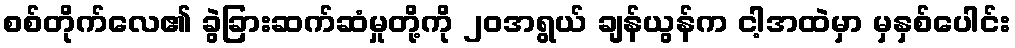
စစ်တိုက်လေ၏ ခွဲခြားဆက်ဆံမှုတို့ကို ၂၀အရွယ် ချန်ယွန်က ငါ့အထဲမှာ မှနှစ်ပေါင်း